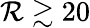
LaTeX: \mathcal{R}\gtrsim20